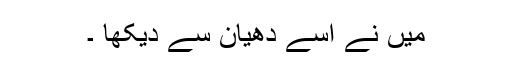
میں نے اسے دھیان سے دیکھا ۔